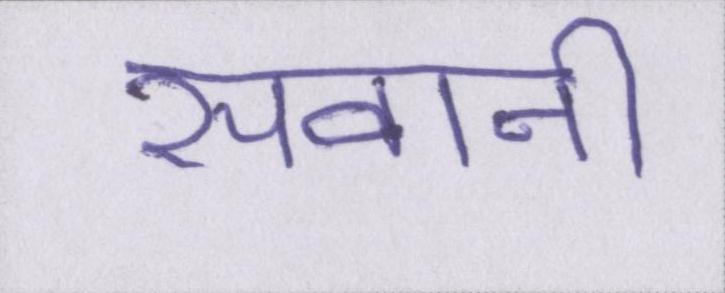
सवानी